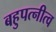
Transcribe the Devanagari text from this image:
बहुपत्‍नीत्व